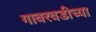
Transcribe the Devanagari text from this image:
गावरवडीच्या